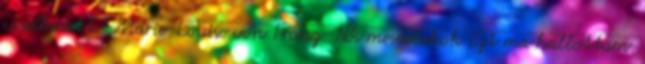
viselkedett." Marie-Louise von Franz: Női mesealakok Ezt ma hallottam.